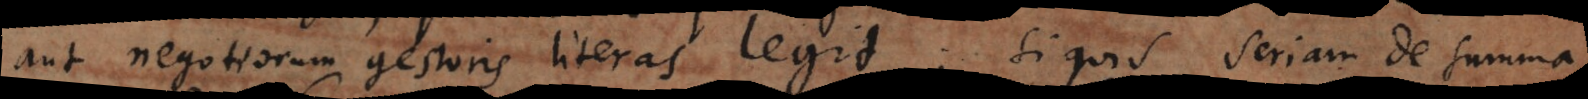
aut negotiorum gestoris literas legit: si quis seriam de summa